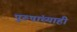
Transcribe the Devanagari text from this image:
पुरुषांच्याही